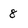
Character: 8